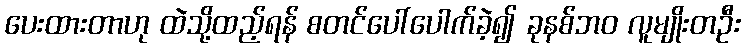
ပေးထားတာဟု ထဲသို့ထည့်ရန် စတင်ပေါ်ပေါက်ခဲ့၍ ခုနစ်ဘ၀ လူမျိုးတဦး